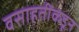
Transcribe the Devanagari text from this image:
वसाहतींकडून